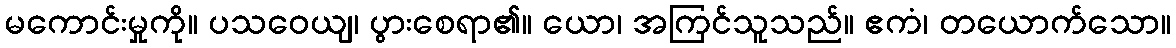
မကောင်းမှုကို။ ပသဝေယျ၊ ပွားစေရာ၏။ ယော၊ အကြင်သူသည်။ ဧကံ၊ တယောက်သော။